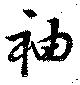
袖